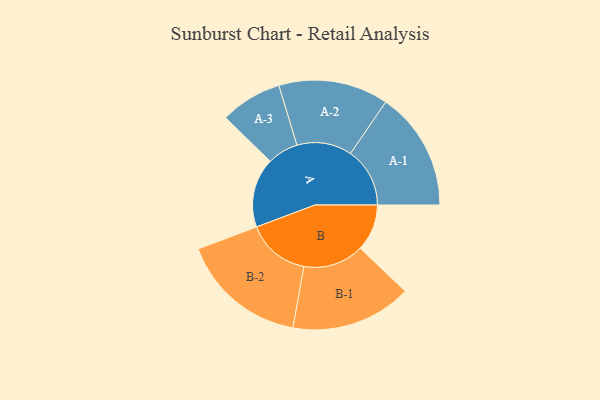
{"axis": {"x": "Segment", "y": "Value"}, "legend": ["", "A", "B"], "data": [{"x": "A", "y": 263, "type": ""}, {"x": "B", "y": 177, "type": ""}, {"x": "A-1", "y": 225, "type": "A"}, {"x": "A-2", "y": 208, "type": "A"}, {"x": "A-3", "y": 117, "type": "A"}, {"x": "B-1", "y": 229, "type": "B"}, {"x": "B-2", "y": 240, "type": "B"}]}